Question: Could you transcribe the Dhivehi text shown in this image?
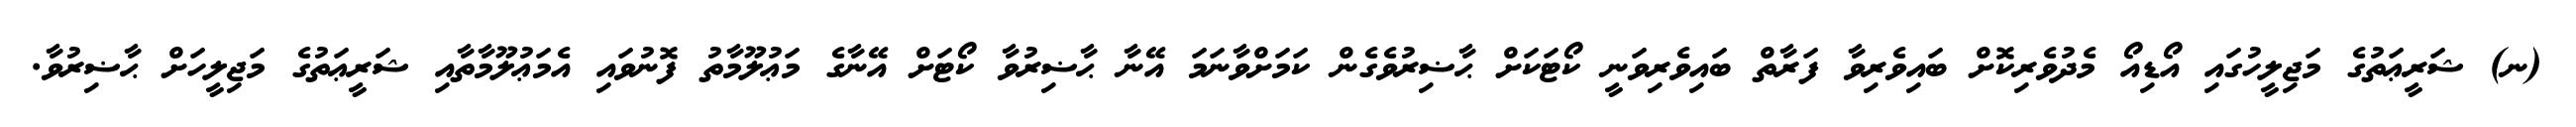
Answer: (ނ) ޝަރީޢަތުގެ މަޖިލީހުގައި އޯޑިއޯ މެދުވެރިކޮށް ބައިވެރިވާ ފަރާތް ބައިވެރިވަނީ ކޯޓަކަށް ޙާޟިރުވެގެން ކަމަށްވާނަމަ އޭނާ ޙާޟިރުވާ ކޯޓަށް އޭނާގެ މަޢުލޫމާތު ފޮނުވައި އެމަޢުލޫމާތާއި ޝަރީޢަތުގެ މަޖިލީހަށް ޙާޟިރުވާ.